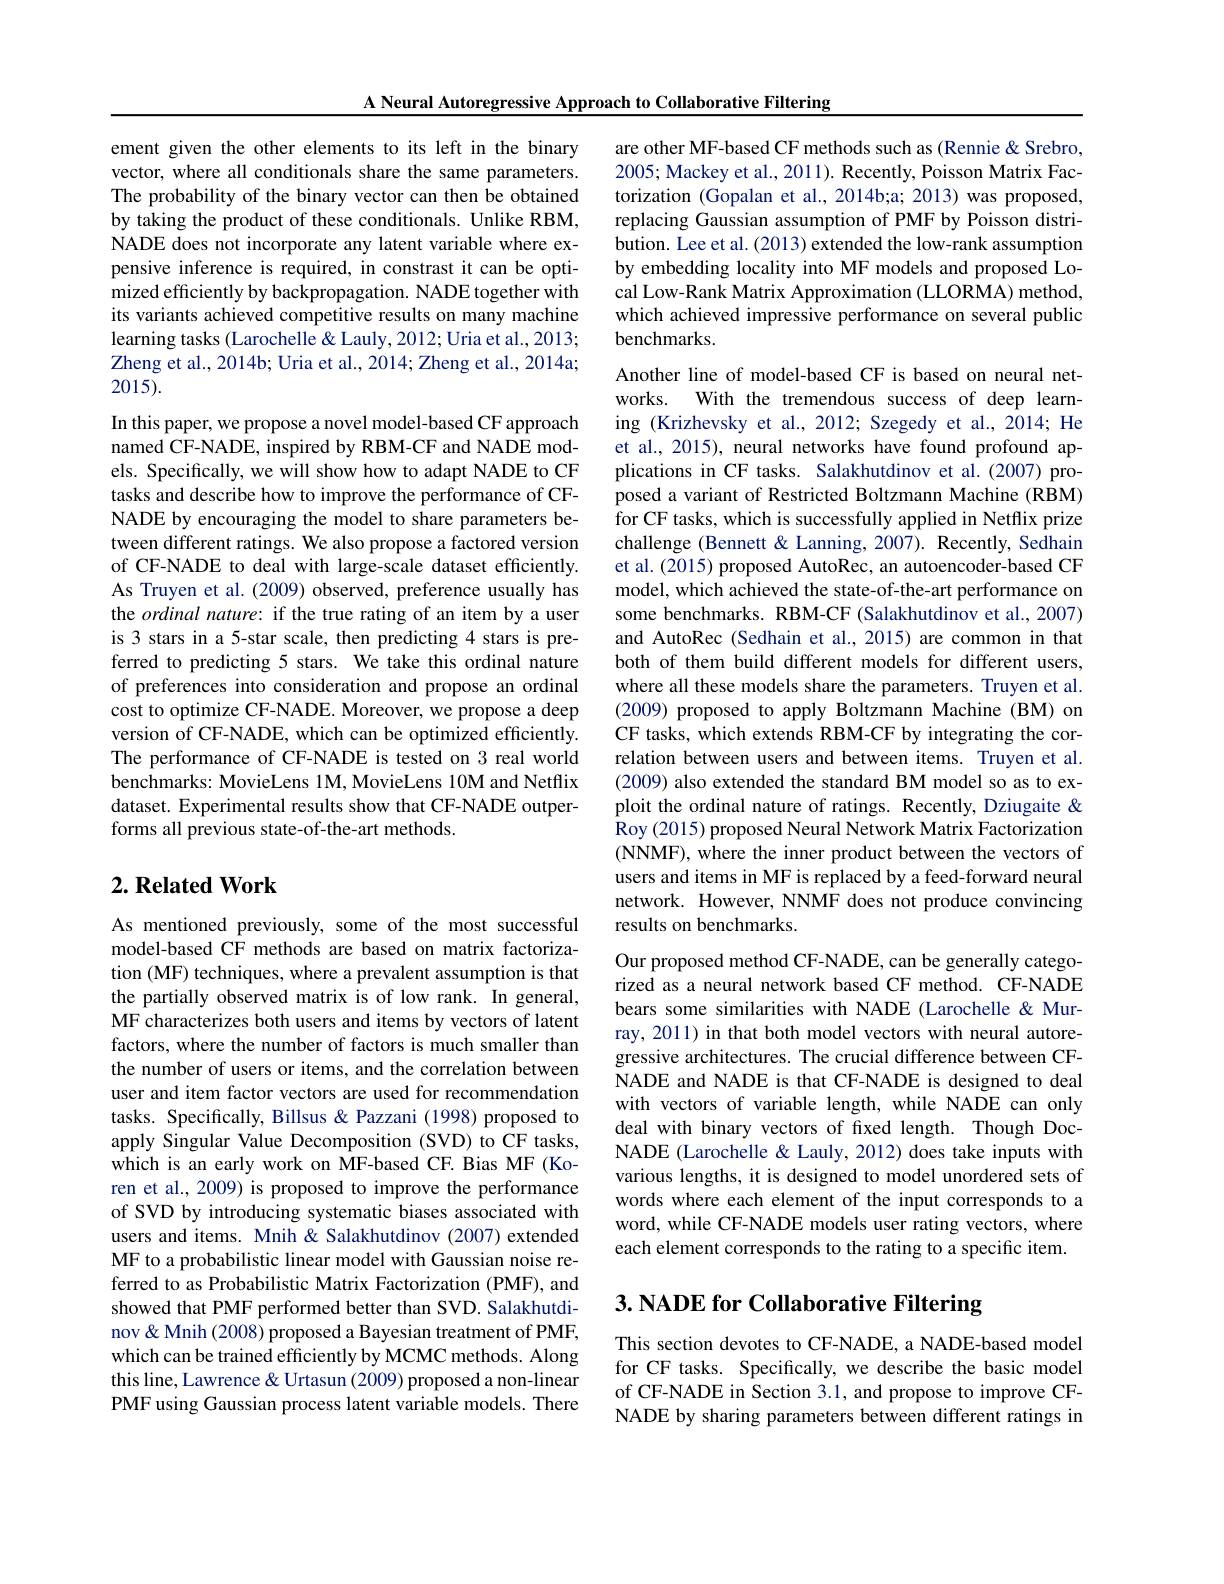
ement given the other elements to its left in the binary vector, where all conditionals share the same parameters. The probability of the binary vector can then be obtained by taking the product of these conditionals. Unlike RBM, NADE does not incorporate any latent variable where expensive inference is required, in constrast it can be optimized efficiently by backpropagation. NADE together with its variants achieved competitive results on many machine learning tasks (Larochelle & Lauly, 2012; Uria et al., 2013; Zheng et al., 2014b; Uria et al., 2014; Zheng et al., 2014a; 2015).

In this paper, we propose a novel model-based CF approach named CF-NADE, inspired by RBM-CF and NADE models. Specifically, we will show how to adapt NADE to CF tasks and describe how to improve the performance of CFNADE by encouraging the model to share parameters between different ratings. We also propose a factored version of CF-NADE to deal with large-scale dataset effciently. As Truyen et al. (2009) observed, preference usually has the ordinal nature: if the true rating of an item by a user is 3 stars in a 5-star scale, then predicting 4 stars is preferred to predicting 5 stars. We take this ordinal nature of preferences into consideration and propose an ordinal cost to optimize CF-NADE. Moreover, we propose a deep version of CF-NADE, which can be optimized efficiently. The performance of CF-NADE is tested on 3 real world benchmarks: MovieLens 1M, MovieLens 10M and Netflix dataset. Experimental results show that CF-NADE outperforms all previous state-of-the-art methods.

## $2. \textbf{Related Work}$

As mentioned previously, some of the most successful model-based CF methods are based on matrix factorization (MF) techniques, where a prevalent assumption is that the partially observed matrix is of low rank. In general, MF characterizes both users and items by vectors of latent factors, where the number of factors is much smaller than the number of users or items, and the correlation between user and item factor vectors are used for recommendation tasks. Specifically, Billsus & Pazzani (1998) proposed to apply Singular Value Decomposition (SVD) to CF tasks, which is an early work on MF-based CF. Bias MF (Koren et al., 2009) is proposed to improve the performance of SVD by introducing systematic biases associated with users and items. Mnih& Salakhutdinov (2007) extended MF to a probabilistic linear model with Gaussian noise referred to as Probabilistic Matrix Factorization (PMF), and showed that PMF performed better than SVD. Salakhutdinov & Mnih (2008) proposed a Bayesian treatment of PMF, which can be trained efficiently by MCMC methods. Along this line, Lawrence & Urtasun (2009) proposed a non-linear PMF using Gaussian process latent variable models. There

are other MF-based CF methods such as (Rennie & Srebro, 2005; Mackey et al., 2011). Recently, Poisson Matrix Factorization (Gopalan et al., 2014b;a; 2013) was proposed, replacing Gaussian assumption of PMF by Poisson distribution. Lee et al. (2013) extended the low-rank assumption by embedding locality into MF models and proposed Local Low-Rank Matrix Approximation (LLORMA) method, which achieved impressive performance on several public benchmarks.

A Neural Autoregressive Approach to Collaborative Filtering
Another line of model-based CF is based on neural networks. With the tremendous success of deep learning (Krizhevsky et al., 2012; Szegedy et al., 2014; He et al., 2015), neural networks have found profound applications in CF tasks. Salakhutdinov et al.(2007) proposed a variant of Restricted Boltzmann Machine (RBM) for CF tasks, which is successfully applied in Netflix prize challenge (Bennett & Lanning, 2007). Recently, Sedhain et al. (2015) proposed AutoRec, an autoencoder-based CF model, which achieved the state-of-the-art performance on some benchmarks. RBM-CF (Salakhutdinov et al., 2007) and AutoRec (Sedhain et al.,2015) are common in that both of them build different models for different users, where all these models share the parameters. Truyen et al. (2009) proposed to apply Boltzmann Machine (BM) on CF tasks, which extends RBM-CF by integrating the correlation between users and between items. Truyen et al. (2009) also extended the standard BM model so as to exploit the ordinal nature of ratings. Recently, Dziugaite & Roy (2015) proposed Neural Network Matrix Factorization (NNMF), where the inner product between the vectors of users and items in MF is replaced by a feed-forward neural network. However, NNMF does not produce convincing results on benchmarks.
Our proposed method CF-NADE, can be generally categorized as a neural network based CF method. CF-NADE bears some similarities with NADE (Larochelle &Murray, 2011) in that both model vectors with neural autoregressive architectures. The crucial difference between CFNADE and NADE is that CF-NADE is designed to deal with vectors of variable length, while NADE can only deal with binary vectors of fxed length. Though DocNADE (Larochelle & Lauly, 2012) does take inputs with various lengths, it is designed to model unordered sets of words where each element of the input corresponds to a word, while CF-NADE models user rating vectors, where each element corresponds to the rating to a specific item. 3. NADE for Collaborative Filtering

This section devotes to CF-NADE, a NADE-based model for CF tasks. Specifically, we describe the basic model of CF-NADE in Section 3.1, and propose to improve CFNADE by sharing parameters between different ratings in